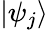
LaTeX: |\psi_{j}\rangle